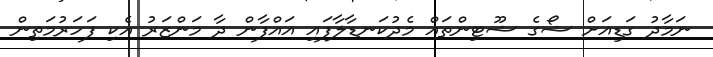
ނަމާދު ގަޑިއަށް ޝޯގެ ޝޫޓިންތައް މެދުކަނޑާލާފައި އައްފާން ދާ މަންޒަރު އެކި ފަހަރުމަތިން